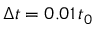
\Delta t = 0 . 0 1 \, t _ { 0 }